Scottish Leaving Certificate Examination, 1952
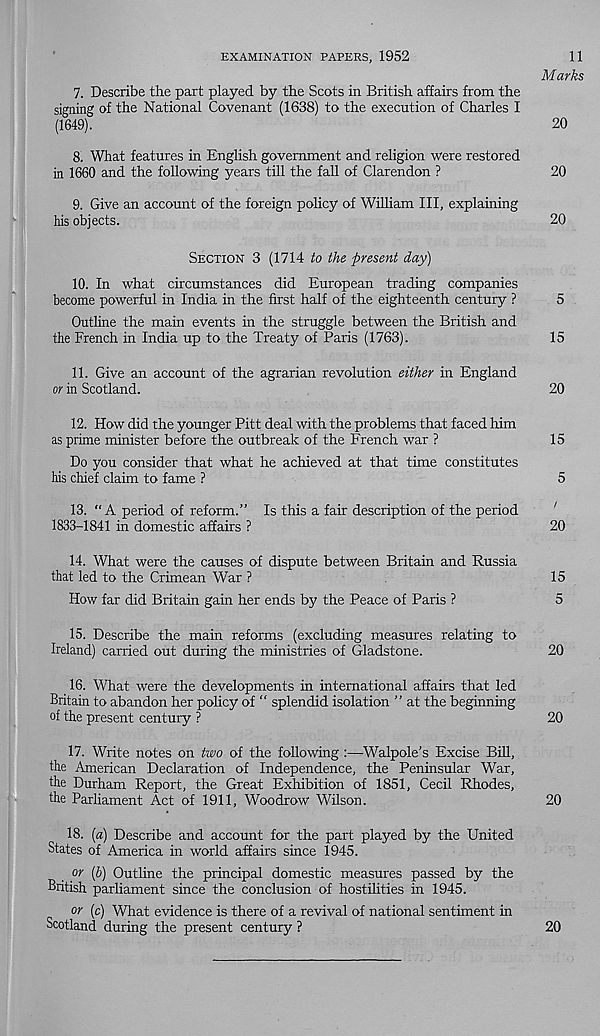
EXAMINATION PAPERS, 1952
11
Marks
7. Describe the part played by the Scots in British affairs from the
signing of the National Covenant (1638) to the execution of Charles I
(1649).
20
8. What features in English government and religion were restored
in 1660 and the following years till the fall of Clarendon ?
20
9. Give an account of the foreign policy of William III, explaining
his objects.
20
SECTION 3 (1714 to the present day)
10. In what circumstances did European trading companies
become powerful in India in the first half of the eighteenth century ?
5
Outline the main events in the struggle between the British and
the French in India up to the Treaty of Paris (1763).
15
11. Give an account of the agrarian revolution either in England
or in Scotland.
20
12. How did the younger Pitt deal with the problems that faced him
as prime minister before the outbreak of the French war ?
15
Do you consider that what he achieved at that time constitutes
his chief claim to fame ?
5
13. “A period of reform.” Is this a fair description of the period
1833-1841 in domestic affairs ?
20
14. What were the causes of dispute between Britain and Russia
that led to the Crimean War ?
15
How far did Britain gain her ends by the Peace of Paris ?
5
15. Describe the main reforms (excluding measures relating to
Ireland) carried out during the ministries of Gladstone.
20
16. What were the developments in international affairs that led
Britain to abandon her policy of “ splendid isolation ” at the beginning
of the present century ?
20
17. Write notes on two of the following :—Walpole’s Excise Bill,
the American Declaration of Independence, the Peninsular War,
the Durham Report, the Great Exhibition of 1851, Cecil Rhodes,
the Parliament Act of 1911, Woodrow Wilson.
20
18. (a) Describe and account for the part played by the United
States of America in world affairs since 1945.
or (b) Outline the principal domestic measures passed by the
British parliament since the conclusion of hostilities in 1945.
or (c) What evidence is there of a revival of national sentiment in
Scotland during the present century ?
20